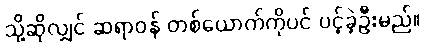
သို့ဆိုလျှင် ဆရာဝန် တစ်ယောက်ကိုပင် ပင့်ခဲ့ဦးမည်။